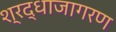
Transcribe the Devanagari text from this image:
श्रद्धाजागरण